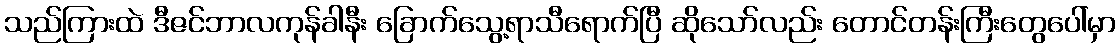
သည်ကြားထဲ ဒီဇင်ဘာလကုန်ခါနီး ခြောက်သွေ့ရာသီရောက်ပြီ ဆိုသော်လည်း တောင်တန်းကြီးတွေပေါ်မှာ